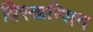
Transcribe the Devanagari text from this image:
विस्कन्सिन